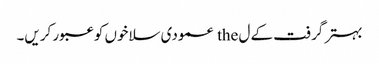
بہتر گرفت کے ل the عمودی سلاخوں کو عبور کریں۔